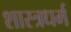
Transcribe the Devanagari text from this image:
शास्त्रधर्म